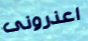
اعذرونى